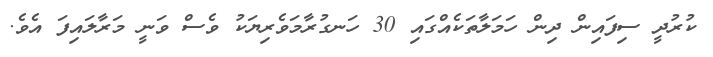
ކުރުދީ ސިފައިން ދިން ހަމަލާތަކެއްގައި 30 ހަނގުރާމަވެރިޔަކު ވެސް ވަނީ މަރާލައިފަ އެވެ.